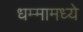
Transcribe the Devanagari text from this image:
धम्मामध्ये